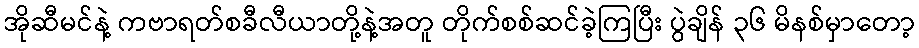
အိုဆီမင်နဲ့ ကဗာရတ်စခီလီယာတို့နဲ့အတူ တိုက်စစ်ဆင်ခဲ့ကြပြီး ပွဲချိန် ၃၆ မိနစ်မှာတော့